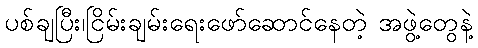
ပစ်ချပြီး၊ငြိမ်းချမ်းရေးဖော်ဆောင်နေတဲ့ အဖွဲ့တွေနဲ့